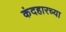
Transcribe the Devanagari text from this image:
कंदहारच्या